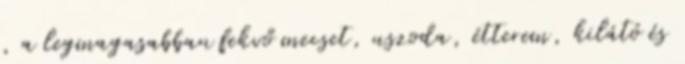
, a legmagasabban fekvő mecset, uszoda, étterem, kilátó és